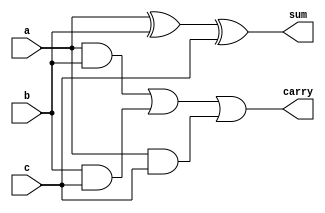
`timescale 1ns / 1ps
//////////////////////////////////////////////////////////////////////////////////
// Company: 
// Engineer: 
// 
// Design Name: 
// Module Name:    fa_df 
// Project Name: 
// Target Devices: 
// Tool versions: 
// Description: 
//
// Dependencies: 
//
// Revision: 
// Revision 0.01 - File Created
// Additional Comments: 
//
//////////////////////////////////////////////////////////////////////////////////
module fa_df(a,b,c,sum,carry);
input a,b,c;
output sum,carry;

assign sum = a^b^c;
assign carry = (a&b | b&c | a&c);

endmodule